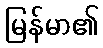
မြန်မာ၏